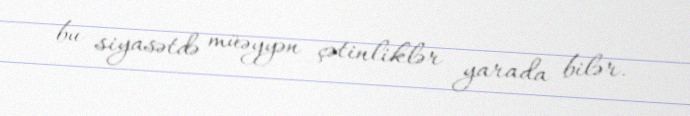
bu siyasətdə müəyyən çətinliklər yarada bilər.